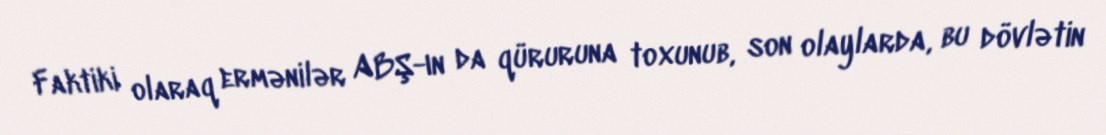
Faktiki olaraq ermənilər ABŞ-ın da qüruruna toxunub, son olaylarda, bu dövlətin